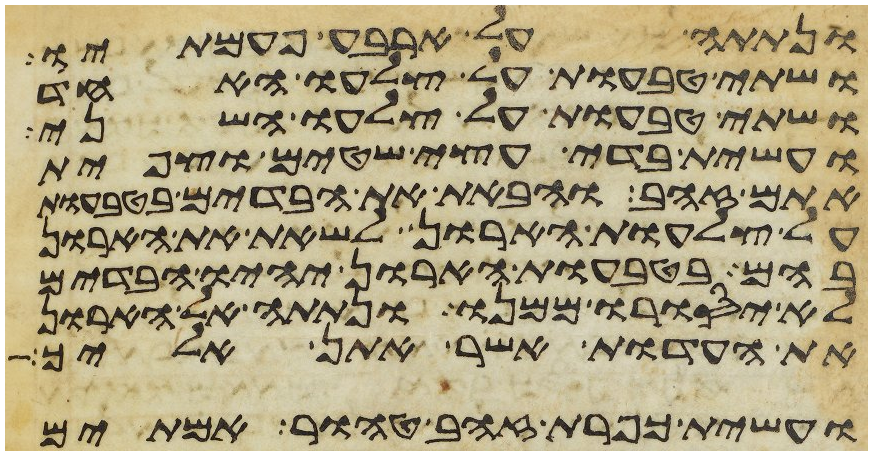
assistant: ונתתה על ארבע פעמתיו
ושתי טבעות על צלעו האחד
ושתי טבעות על צלעו השני
ועשית בדי עצי שטים וצפית
אתם זהב והבאת את הבדים בטבעות
על צלעות הארון לשאת את הארון
בהם בטבעות הארון יהיו הבדים
לא יסורו ממנו ונתתה אל הארון
את העדות אשר אתן אליך
ועשית כפרת זהב טהור אמתים